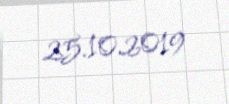
25.10.2019